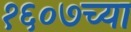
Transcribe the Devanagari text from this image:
१६०७च्या